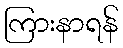
ကြားနာရန်